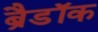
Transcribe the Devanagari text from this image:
ब्रैडॉक